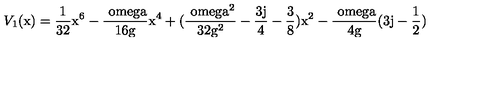
V _ { 1 } ( \mathrm { x ) = \frac { 1 } { 3 2 } \mathrm { x ^ { 6 } - \frac { \ o m e g a } { 1 6 \mathrm { g } } \mathrm { x ^ { 4 } + ( \frac { \ o m e g a ^ { 2 } } { 3 2 \mathrm { g ^ { 2 } } } - \frac { 3 j } { 4 } - \frac { 3 } { 8 } ) \mathrm { x ^ { 2 } - \frac { \ o m e g a } { 4 \mathrm { g } } ( 3 j - \frac { 1 } { 2 } ) } } } }